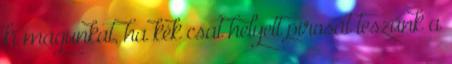
ki magunkat, ha kék csat helyett pirosat teszünk a